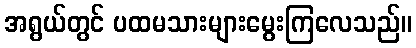
အရွယ်တွင် ပထမသားများမွေးကြလေသည်။